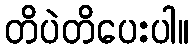
တိပဲတိပေးပါ။